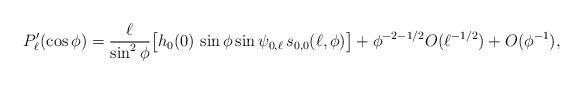
LaTeX: \begin{align*} P'_{\ell} (\cos \phi)=\frac{\ell}{\sin^2 \phi} \big[ h_0(0) \, \sin \phi \sin \psi_{0,\ell} \, s_{0,0} (\ell,\phi) \big] + \phi^{-2-1/2} O(\ell^{-1/2}) + O(\phi^{-1}),\end{align*}